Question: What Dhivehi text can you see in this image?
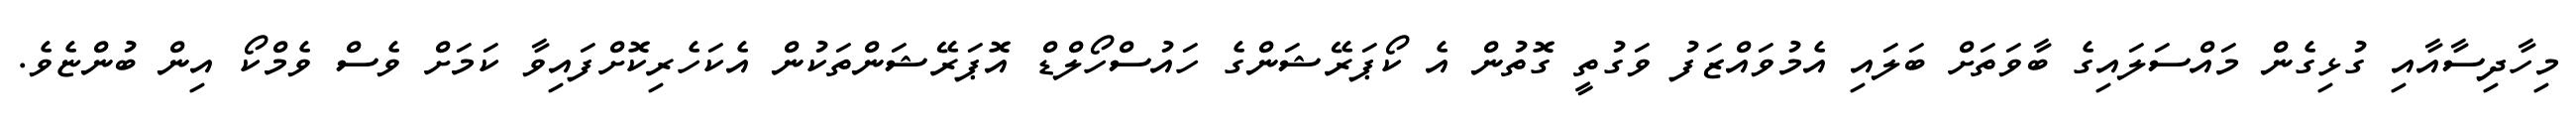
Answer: މިހާދިސާއާއި ގުޅިގެން މައްސަލައިގެ ބާވަތަށް ބަލައި އެމުވައްޒަފު ވަގުތީ ގޮތުން އެ ކޯޕަރޭޝަންގެ ހައުސްހޯލްޑް އޮޕަރޭޝަންތަކުން އެކަހެރިކޮށްފައިވާ ކަމަށް ވެސް ވެމްކޯ އިން ބުންޏެވެ.